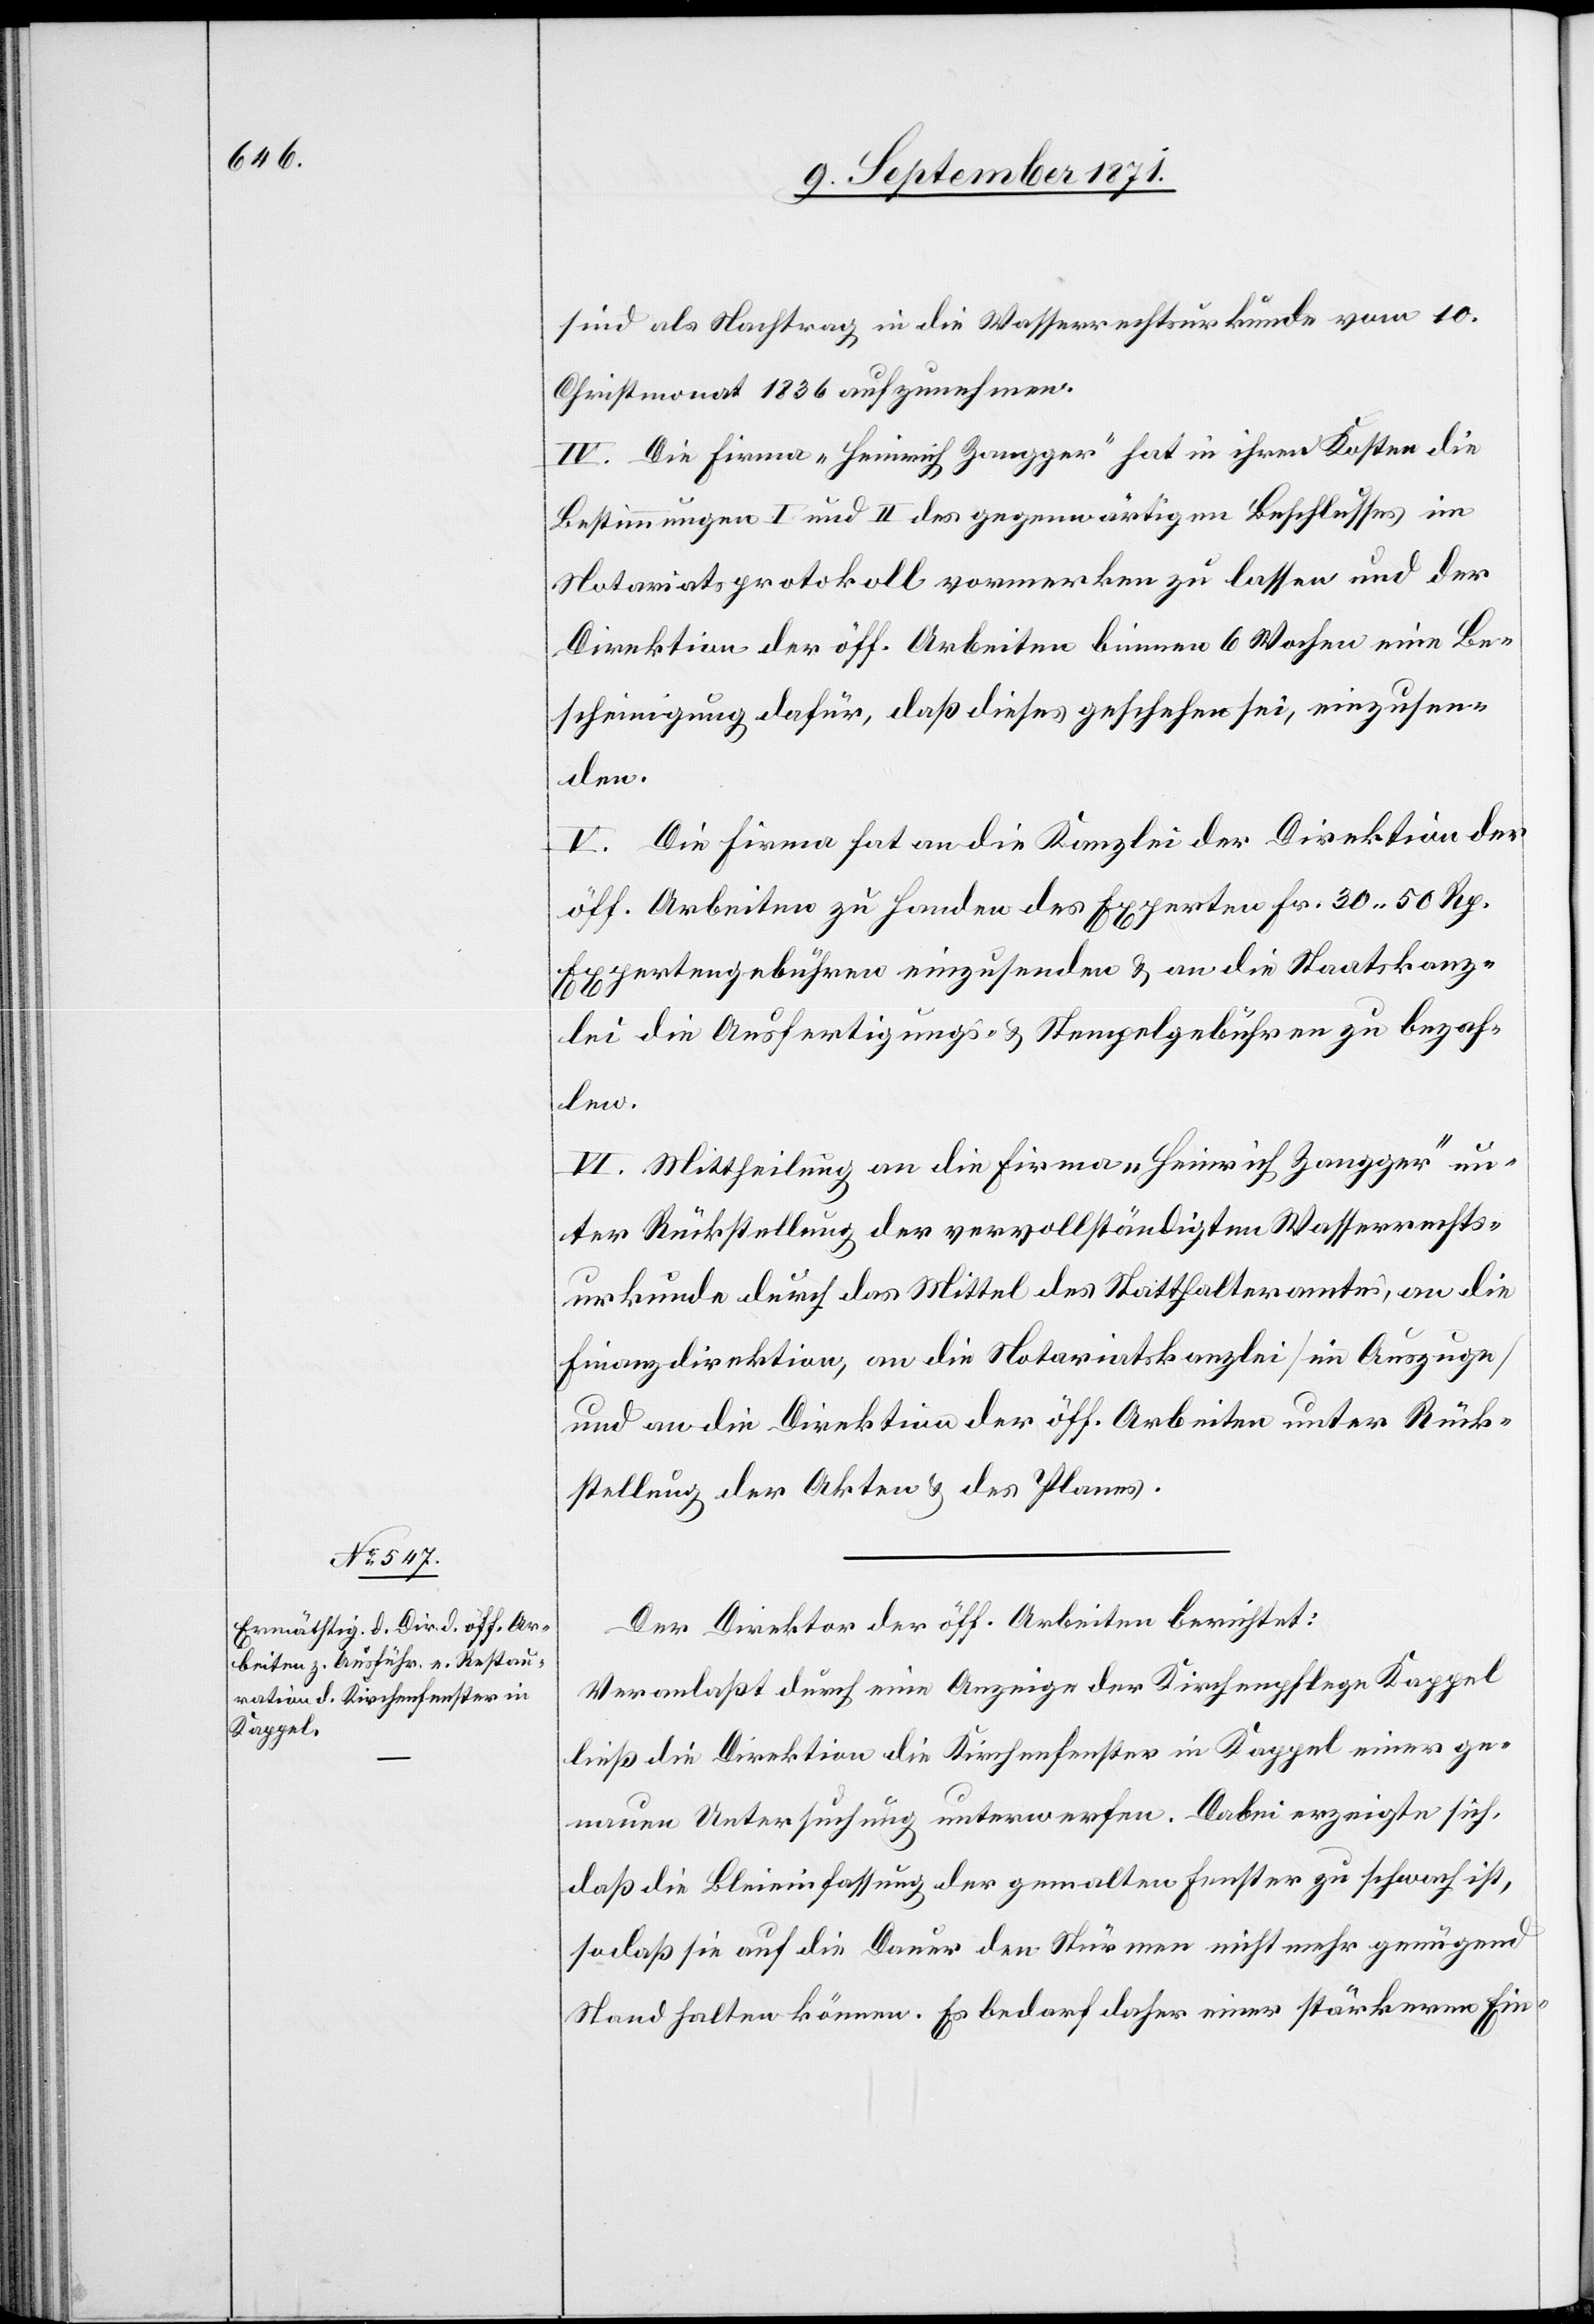
sind als Nachtrag in die Wasserrechtsurkunde vom 10.
Christmonat 1836 aufzunehmen.
IV. Die Firma „Heinrich Zangger“ hat in ihren Kosten die
Bestimmungen I und II des gegenwärtigen Beschlusses im
Notariatsprotokoll vormerken zu lassen und der
Direktion der öff. Arbeiten binnen 6 Wochen eine Be¬
scheinigung dafür, daß dieses geschehen sei, einzusen¬
V. Die Firma hat an die Kanzlei der Direktion der
öff. Arbeiten zu Handen des Experten Fr. 30. 50 Rp
Expertengebühren einzusenden & an die Staatskanz¬
lei die Ausfertigungs- & Stempelgebühren zu bezah¬
len.
VI. Mittheilung an die Firma „Heinrich Zangger“ un¬
ter Rückstellung der vervollständigten Wasserrechts¬
urkunde durch das Mittel des Statthalteramtes, an die
Finanzdirektion, an die Notariatskanzlei [im Auszuge]
und an die Direktion der öff. Arbeiten unter Rück¬
stellung der Akten & des Planes.
Der Direktor der öff. Arbeiten berichtet:
Veranlaßt durch eine Anzeige der Kirchenpflege Kappel
ließ die Direktion die Kirchenfenster in Kappel einer ge¬
nauen Untersuchung unterwerfen. Dabei erzeigte sich,
daß die Bleieinfassung der gemalten Fenster zu schwach ist,
sodaß sie auf die Dauer den Stürmen nicht mehr genügend
Stand halten können. Es bedarf daher einer stärkeren Ein-